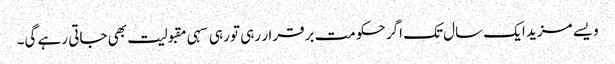
ویسے مزید ایک سال تک اگر حکومت برقرار رہی تو رہی سہی مقبولیت بھی جاتی رہے گی۔